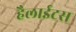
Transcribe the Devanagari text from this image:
हैलाईटस